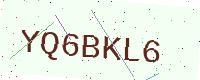
Text: YQ6BKL6